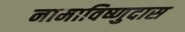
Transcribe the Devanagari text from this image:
नामाविष्णुदास